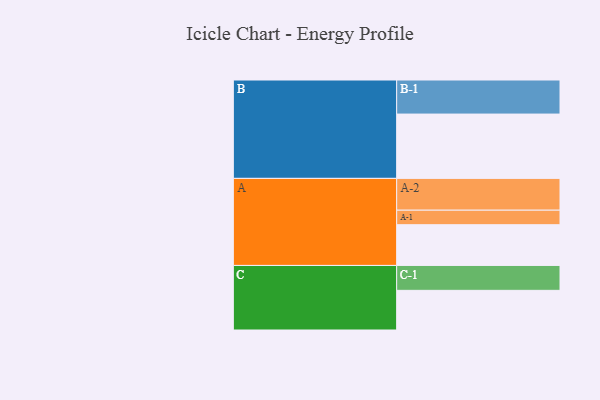
{"axis": {"x": "Segment", "y": "Value"}, "legend": ["", "A", "B", "C"], "data": [{"x": "A", "y": 342, "type": ""}, {"x": "B", "y": 540, "type": ""}, {"x": "C", "y": 333, "type": ""}, {"x": "A-1", "y": 122, "type": "A"}, {"x": "A-2", "y": 267, "type": "A"}, {"x": "B-1", "y": 286, "type": "B"}, {"x": "C-1", "y": 209, "type": "C"}]}